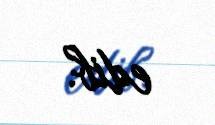
edib.